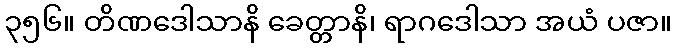
၃၅၆။ တိဏဒေါသာနိ ခေတ္တာနိ၊ ရာဂဒေါသာ အယံ ပဇာ။